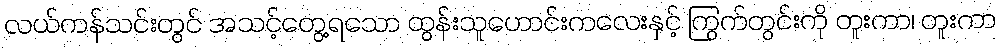
လယ်ကန်သင်းတွင် အသင့်တွေ့ရသော ထွန်းသူဟောင်းကလေးနှင့် ကြွက်တွင်းကို တူးကာ၊ တူးကာ